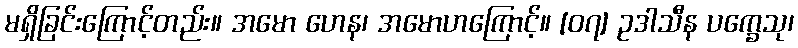
မရှိခြင်းကြောင့်တည်း။ အမော ဟေန၊ အမောဟကြောင့်။ [၀၇] ဥဒါသီန ပက္ခေသု၊